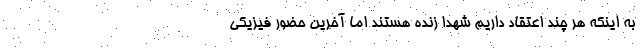
به اینکه هر چند اعتقاد داریم شهدا زنده هستند اما آخرین حضور فیزیکی